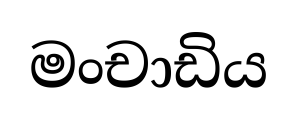
මංචාඩිය